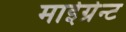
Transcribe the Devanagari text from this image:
माईग्रेन्ट